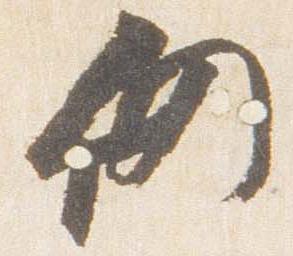
仍